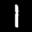
Label: 1